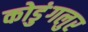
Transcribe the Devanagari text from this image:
कोडुंगलुर